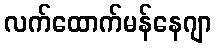
လက်ထောက်မန်နေဂျာ